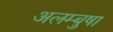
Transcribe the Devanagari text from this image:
अलम्बुषा